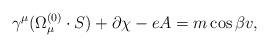
LaTeX: \begin{align*}\gamma^{\mu}(\Omega_{\mu}^{(0)}\cdot S) + \partial\chi -eA =m\cos{\beta}v ,\end{align*}